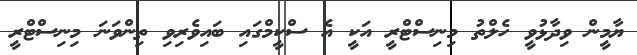
ޔާމީން ވިދާޅުވީ ހެލްތު މިނިސްޓްރީ އަކީ އެ ސްކީމްގައި ބައިވެރިވި ތިންވަނަ މިނިސްޓްރީ